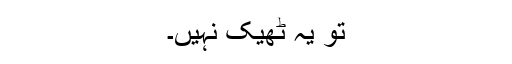
تو یہ ٹھیک نہیں۔